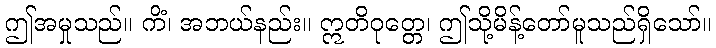
ဤအမှုသည်။ ကိံ၊ အဘယ်နည်း။ ဣတိဝုတ္တေ၊ ဤသို့မိန့်တော်မူသည်ရှိသော်။